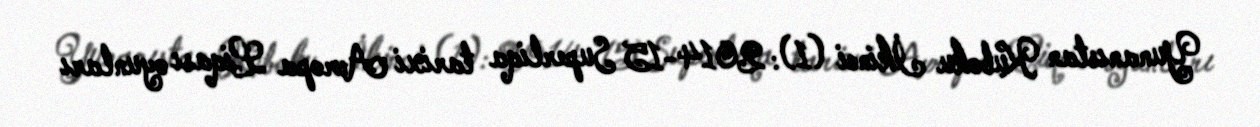
Yunanıstan Kuboku İkinci (1): 2014-15 Superliqa tarixi Avropa Liqası oyunları